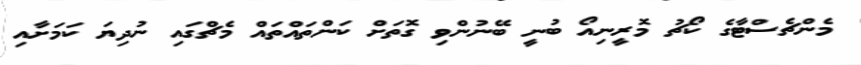
މެންޗެސްޓާގެ ކޯޗު މޮރީނިއޯ ބުނީ ބޭނުންވި ގޮތަށް ކަންތައްތައް މެޗްގައި ނުދިޔަ ކަމަށާއި